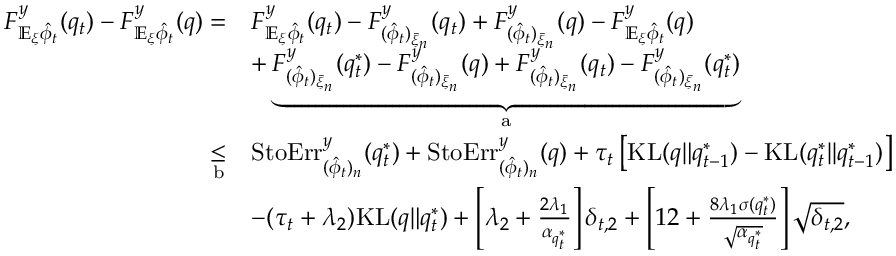
\begin{array} { r l } { F _ { \mathbb { E } _ { \xi } \hat { \phi } _ { t } } ^ { y } ( q _ { t } ) - F _ { \mathbb { E } _ { \xi } \hat { \phi } _ { t } } ^ { y } ( q ) = } & { F _ { \mathbb { E } _ { \xi } \hat { \phi } _ { t } } ^ { y } ( q _ { t } ) - F _ { ( \hat { \phi } _ { t } ) _ { \bar { \xi } _ { n } } } ^ { y } ( q _ { t } ) + F _ { ( \hat { \phi } _ { t } ) _ { \bar { \xi } _ { n } } } ^ { y } ( q ) - F _ { \mathbb { E } _ { \xi } \hat { \phi } _ { t } } ^ { y } ( q ) } \\ & { + \underbrace { F _ { ( \hat { \phi } _ { t } ) _ { \bar { \xi } _ { n } } } ^ { y } ( q _ { t } ^ { * } ) - F _ { ( \hat { \phi } _ { t } ) _ { \bar { \xi } _ { n } } } ^ { y } ( q ) + F _ { ( \hat { \phi } _ { t } ) _ { \bar { \xi } _ { n } } } ^ { y } ( q _ { t } ) - F _ { ( \hat { \phi } _ { t } ) _ { \bar { \xi } _ { n } } } ^ { y } ( q _ { t } ^ { * } ) } _ { \mathrm { a } } } \\ { \underset { \mathrm { b } } { \leq } } & { \mathrm { S t o E r r } _ { ( \hat { \phi } _ { t } ) _ { n } } ^ { y } ( q _ { t } ^ { * } ) + \mathrm { S t o E r r } _ { ( \hat { \phi } _ { t } ) _ { n } } ^ { y } ( q ) + \tau _ { t } \left[ \mathrm { K L } ( q \| q _ { t - 1 } ^ { * } ) - \mathrm { K L } ( q _ { t } ^ { * } | | q _ { t - 1 } ^ { * } ) \right] } \\ & { - ( \tau _ { t } + \lambda _ { 2 } ) \mathrm { K L } ( q \| q _ { t } ^ { * } ) + \left[ \lambda _ { 2 } + \frac { 2 \lambda _ { 1 } } { \alpha _ { q _ { t } ^ { * } } } \right] \delta _ { t , 2 } + \left[ 1 2 + \frac { 8 \lambda _ { 1 } \sigma ( q _ { t } ^ { * } ) } { \sqrt { \alpha _ { q _ { t } ^ { * } } } } \right] \sqrt { \delta _ { t , 2 } } , } \end{array}